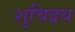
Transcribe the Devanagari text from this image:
शुचिद्रथ